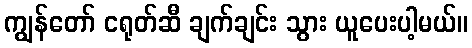
ကျွန်တော် ငရုတ်ဆီ ချက်ချင်း သွား ယူပေးပါ့မယ်။